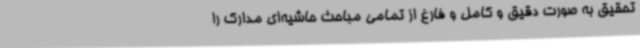
تحقیق به صورت دقیق و کامل و فارغ از تمامی مباحث حاشیه‌ای مدارک را